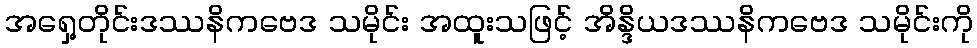
အရှေ့တိုင်းဒဿနိကဗေဒ သမိုင်း အထူးသဖြင့် အိန္ဒိယဒဿနိကဗေဒ သမိုင်းကို